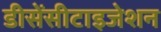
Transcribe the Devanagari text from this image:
डीसेंसीटाइजेशन